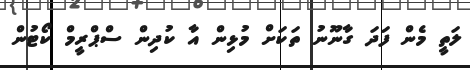
ލަތީ މެން ފަދަ ގާނޫނު ތަކަށް މުޅިން އާ ކުދިން ސްޕްރީމް ކޯޓުން